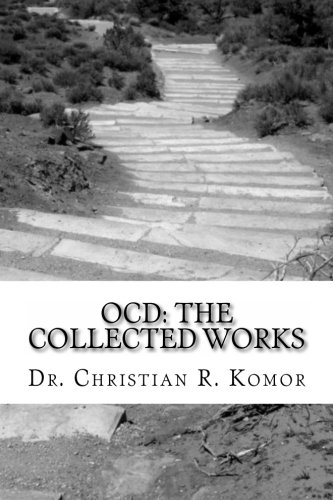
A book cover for OCD: The Collected Works: A Series of Ground-Breaking Articles in the Treatment and Management of Obsessieve Compulsive Disorder; Dr Christian R Komor; Health, Fitness & Dieting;